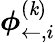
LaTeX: \boldsymbol{\phi}_{\leftarrow,i}^{(\mathit{k})}